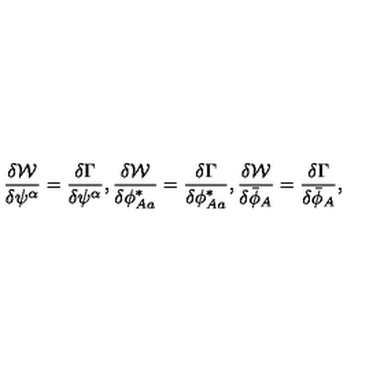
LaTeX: \frac { \delta { \cal W } } { \delta \psi ^ { \alpha } } = \frac { \delta \Gamma } { \delta \psi ^ { \alpha } } , \frac { \delta { \cal W } } { \delta \phi _ { A a } ^ { * } } = \frac { \delta \Gamma } { \delta \phi _ { A a } ^ { * } } , \frac { \delta { \cal W } } { \delta \bar { \phi } _ { A } } = \frac { \delta \Gamma } { \delta \bar { \phi } _ { A } } ,